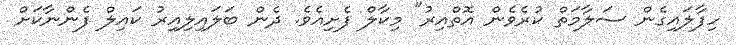
ހިފާލައިގެން ސަލާމަތް ކުރެވެން އޮތްއިރު" މިކާލް ފެށިއެވެ. ދެން ބަލައިލިއިރު ކައިލް ފެންނާކަށް